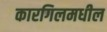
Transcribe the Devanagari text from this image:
कारगिलमधील